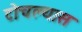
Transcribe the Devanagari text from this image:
टोचल्यास